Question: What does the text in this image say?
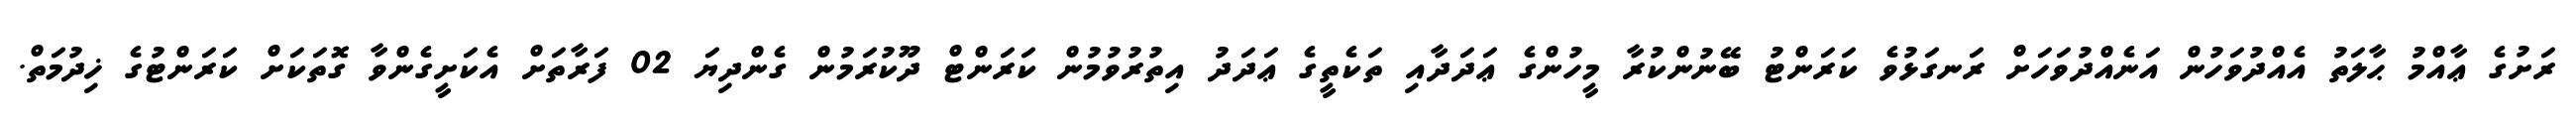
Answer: ރަށުގެ ޢާއްމު ޙާލަތު އެއްދުވަހުން އަނެއްދުވަހަށް ރަނގަޅުވެ ކަރަންޓު ބޭނުންކުރާ މީހުންގެ ޢަދަދާއި ތަކެތީގެ ޢަދަދު އިތުރުވުމުން ކަރަންޓް ދޫކުރަމުން ގެންދިޔަ 02 ފަރާތަށް އެކަށީގެންވާ ގޮތަކަށް ކަރަންޓުގެ ޚިދުމަތް.